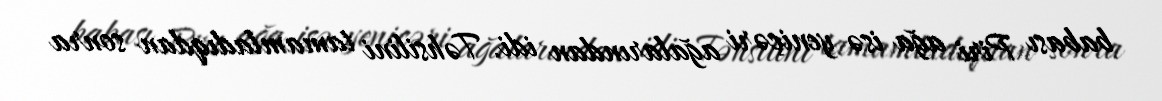
babası Piri ağa isə yeniçəri ağalarından idi. Təhsilini tamamladıqdan sonra